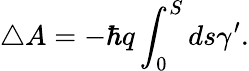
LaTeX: \triangle A=-\hbar q\int_{0}^{S}ds\gamma^{\prime}.